Annual report of the Bengal Veterinary College and of the Civil Veterinary Department, Bengal, for the year 1918-19 - 1918-1919
Year: 1918
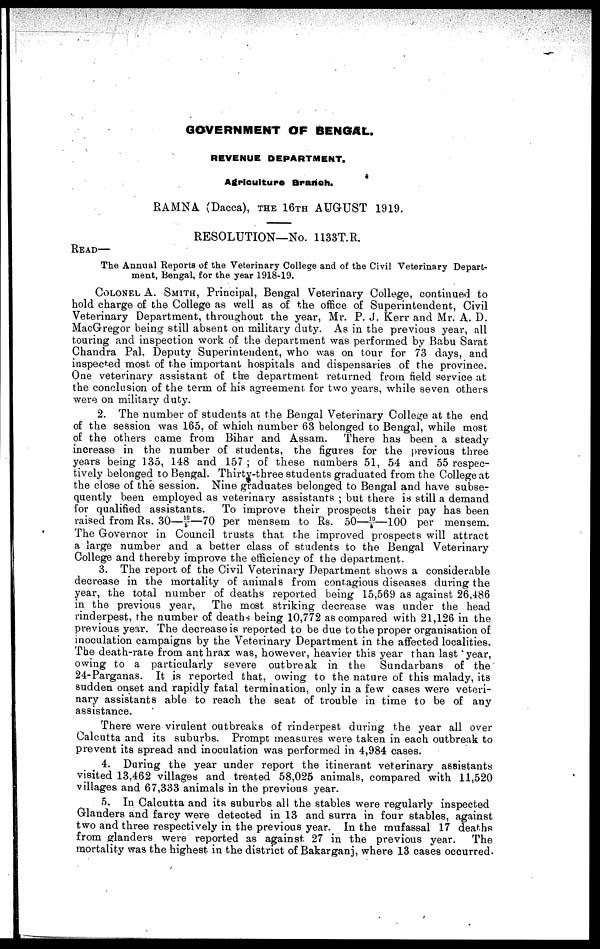
GOVERNMENT OF BENGAL.
REVENUE DEPARTMENT.
Agriculture Branch.
RAMNA. (Dacca), THE 16TH AUGUST 1919.
RESOLUTION—No. 1133T.R.
READ—
The Annual Reports of the Veterinary College and of the Civil Veterinary Depart-
ment, Bengal, for the year 1918-19.
COLONEL A. SMITH, Principal, Bengal Veterinary College, continued to
hold charge of the College as well as of the office of Superintendent, Civil
Veterinary Department, throughout the year, Mr. P. J. Kerr and Mr. A. D.
MacGregor being still absent on military duty. As in the previous year, all
touring and inspection work of the department was performed by Babu Sarat
Chandra Pal. Deputy Superintendent, who was on Jour for 73 clays, and
inspected most of the important hospitals and dispensaries of the province.
One veterinary assistant of the department returned from field service at
the conclusion of the term of his agreement for two years, while seven others
were on military duty.
2. The number of students at the Bengal Veterinary College at the end
of the session was 165, of which number 63 belonged to Bengal, while most
of the others came from Bihar and Assam. There has been a steady
increase in the number of students, the figures for the previous three
years being 135, 148 and 157 ; of these numbers 51, 54 and 55 respec-
tively belonged to Bengal. Thirty-three students graduated from the College at
the close of the session. Nine graduates belonged to Bengal and have subse-
quently been employed as veterinary assistants ; but there is still a demand
for qualified assistants. To improve their prospects their pay has been
raised from Rs. 30—10/5—70 per mensem to Rs. 50—10/5—100 per mensem.
The Governor in Council trusts that the improved prospects will attract
a large number and a better class of students to the Bengal Veterinary
College and thereby improve the efficiency of the department.
3. The report of the Civil Veterinary Department shows a considerable
decrease in the mortality of animals from contagious diseases during the
year, the total number of deaths reported being 15,569 as against 26.486
in the previous year, The most striking decrease was under the head
rinderpest, the number of deaths being 10,772 as compared with 21,126 in the
previous year. The decrease is reported to be due to the proper organisation of
inoculation campaigns by the Veterinary Department in the affected localities.
The death-rate from anthrax was, however, heavier this year than last year,
owing to a particularly severe outbreak in the Sundarbans of the
24-Parganas. It is reported that, owing to the nature of this malady, its
sudden onset and rapidly fatal termination, only in a few cases were veteri-
nary assistants able to reach the seat of trouble in time to be of any
assistance.
There were virulent outbreaks of rinderpest during the year all over
Calcutta and its suburbs. Prompt measures were taken in each outbreak to
prevent its spread and inoculation was performed in 4,984 cases.
4. During the year under report the itinerant veterinary assistants
visited 13,462 villages and treated 58,025 animals, compared with 11,520
villages and 67,333 animals in the previous year.
5. In Calcutta and its suburbs all the stables were regularly inspected
Glanders and farcy were detected in 13 and surra in four stables, against
two and three respectively in the previous year. In the mufassal 17 deaths
from glanders were reported as against 27 in the previous year. The
mortality was the highest in the district of Bakarganj, where 13 cases occurred.